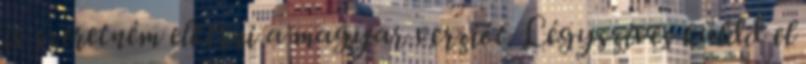
is szeretném elkérni a magyar verziót. Légyszíves küldd el